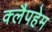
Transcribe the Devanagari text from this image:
क्लैपहेम